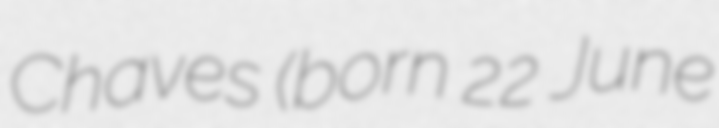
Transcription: Chaves (born 22 June